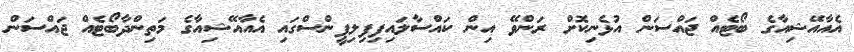
އެއާއޭޝިއާގެ ބޯޓެއް ޖައްސަން އުޅެނިކޮށް ރަންވޭ އިން ކައްސާލައިފިފިލިޕީންސްގައި އެއާއޭޝިއާގެ މަތިންދާބޯޓެއް ޖައްސަން